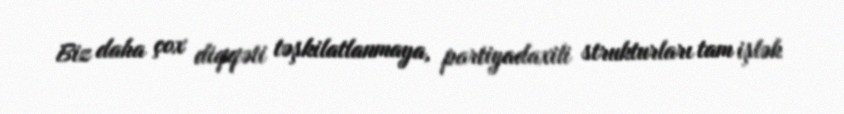
Biz daha çox diqqəti təşkilatlanmaya, partiyadaxili strukturları tam işlək